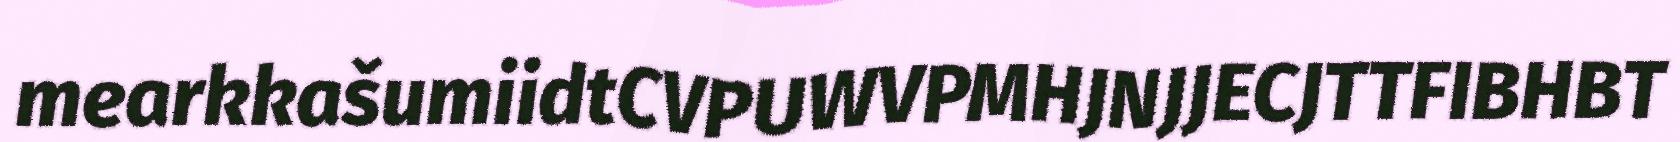
mearkkašumiidtCVPUWVPMHJNJJECJTTFIBHBT